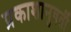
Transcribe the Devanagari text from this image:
प्रकाशानुवर्ती